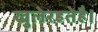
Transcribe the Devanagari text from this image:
खुलेरहतेहै।